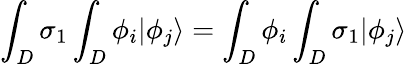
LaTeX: \int_{D}\sigma_{1}\int_{D}\phi_{i}|\phi_{j}\rangle=\int_{D}\phi_{i}\int_{D}\sigma_{1}|\phi_{j}\rangle\,